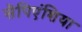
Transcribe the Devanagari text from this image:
सैपिएंशिया